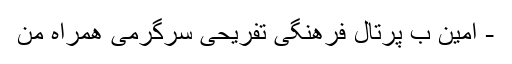
- امین ب پرتال فرهنگی تفریحی سرگرمی همراه من